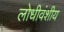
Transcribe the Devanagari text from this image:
लोधीवंशीय